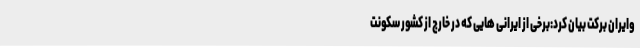
وایران برکت بیان کرد:برخی از ایرانی هایی که در خارج از کشور سکونت